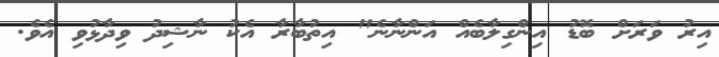
އިރު ވަރަށް ބޮޑު އިންގިލާބެއް އަންނާނެ" އިތުބާރާ އެކު ނާޝިދު ވިދާޅުވި އެވެ.